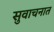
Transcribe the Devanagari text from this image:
सुवाचनात